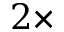
2 \times